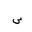
Letter: _sin